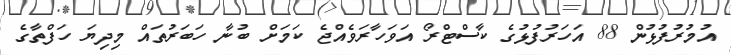
އުމުރުފުޅުން 88 އަަހަރުފުޅުގެ ކާސްޓްރޯ އަވަހާރަވެއްޖެ ކަމަށް ބުނާ ހަބަރުތައް މިދިޔަ ހަފްތާގެ